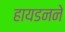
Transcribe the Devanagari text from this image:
हायडनने